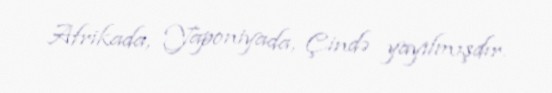
Afrikada, Yaponiyada, Çində yayılmışdır.